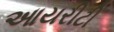
આયરીટી